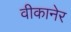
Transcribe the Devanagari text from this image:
वीकानेर